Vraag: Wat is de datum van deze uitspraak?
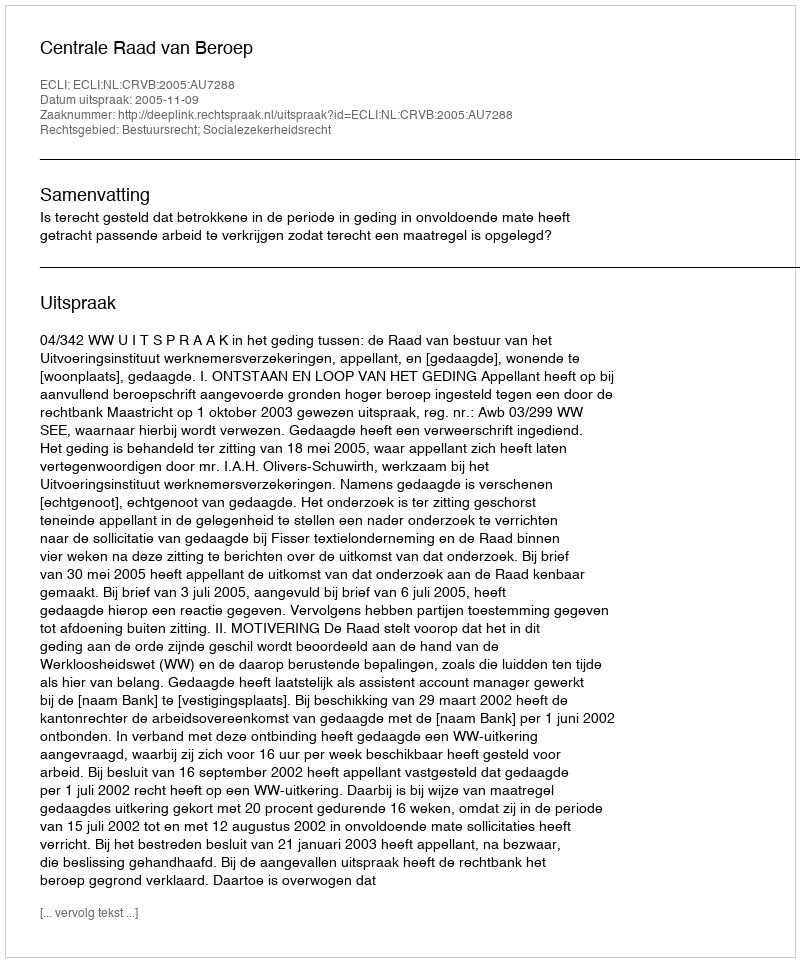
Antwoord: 2005-11-09